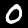
Digit: 0